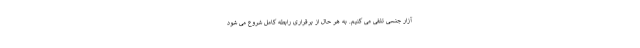
آزار جنسی تلقی می کنیم. به هر حال از برقراری رابطه کامل شروع می شود